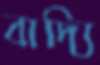
বাদ্যি